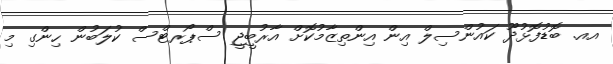
އއ. ބޮޑުފޮޅުދޫ ކައުންސިލް އިން އިންތިޒާމުކޮށް އާރުބީޖީ ސްޕޯރޓްސް ކުލަބުން ހިންގި މި